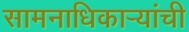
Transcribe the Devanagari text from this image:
सामनाधिकार्‍यांची